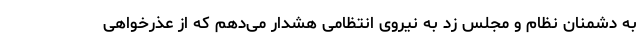
به دشمنان نظام و مجلس زد به نیروی انتظامی هشدار می‌دهم که از عذرخواهی